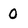
Character: 0